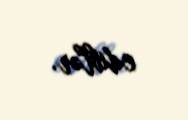
ediblər.